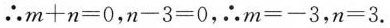
∴$$m + n = 0$$，$$n - 3 = 0$$，∴$$m = - 3 $$，$$n = 3$$.